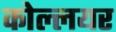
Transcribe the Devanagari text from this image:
कोल्लयर